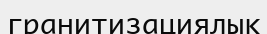
гранитизациялық